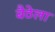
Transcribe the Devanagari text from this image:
बैठेला